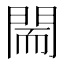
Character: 𨴎